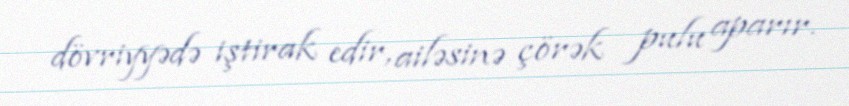
dövriyyədə iştirak edir, ailəsinə çörək pulu aparır.